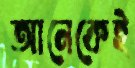
আনেকেই